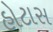
હોટાસ